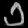
Digit: ၁